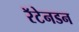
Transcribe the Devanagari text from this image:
रॅटेनडन